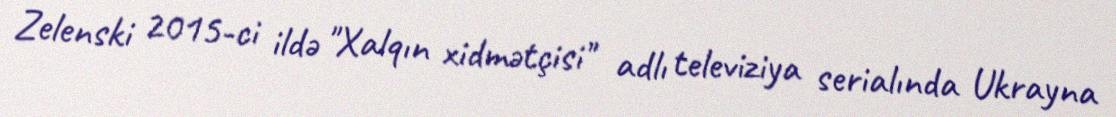
Zelenski 2015-ci ildə "Xalqın xidmətçisi" adlı televiziya serialında Ukrayna